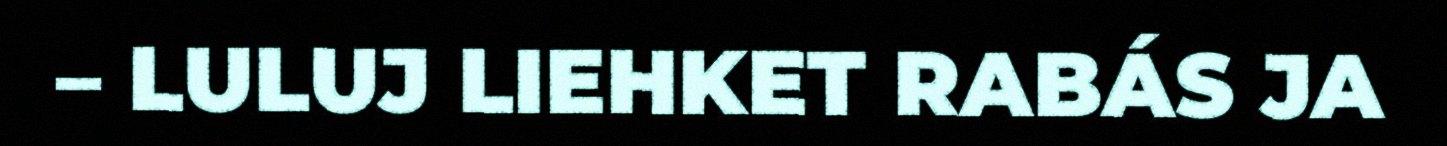
– LULUJ LIEHKET RABÁS JA